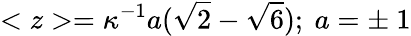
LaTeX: <z>=\kappa^{-1}a(\sqrt{2}-\sqrt{6});~a=\pm~1